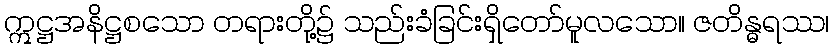
ဣဋ္ဌအနိဋ္ဌစသော တရားတို့၌ သည်းခံခြင်းရှိတော်မူလသော။ ဇတိန္ဓရဿ၊